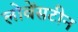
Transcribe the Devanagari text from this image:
लोवेंसटीन